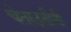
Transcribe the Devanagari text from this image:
चेताउतीनी